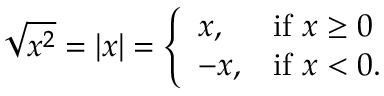
{ \sqrt { x ^ { 2 } } } = \left| x \right| = { \left\{ \begin{array} { l l } { x , } & { { \mathrm { i f ~ } } x \geq 0 } \\ { - x , } & { { \mathrm { i f ~ } } x < 0 . } \end{array} \right. }